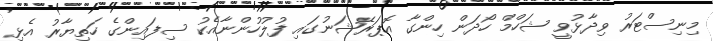
މިނިސްޓަރު ވިދާޅުވީ ޝަހްމް ހޯދަން ހިންގާ އޮޕަރޭޝަނުގައި ފުލުހުންނާއެކު ސިފައިންގެ ހަތިޔާރު އެޅި